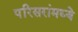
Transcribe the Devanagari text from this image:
परिसरांमध्ये